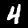
Label: 4